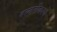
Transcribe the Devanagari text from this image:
बल्वनीकरण